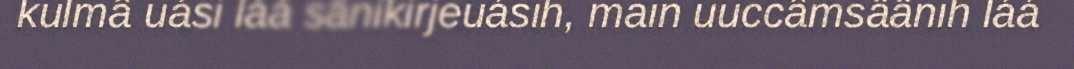
kulmâ uási láá sänikirjeuásih, main uuccâmsäänih láá